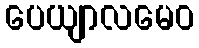
ပေယျာလမေဝ